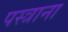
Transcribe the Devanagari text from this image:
पस्त्राना